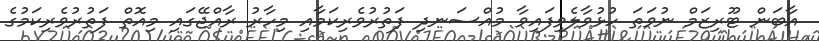
އާބަން ޓޫރިޒަމް ނުވަތަ ހުޅުވާލެވިފައިވާ މުއްސަނދި ފަތުރުވެރިކަމާއި މިހާރު ރާއްޖޭގައި މިއޮތް ފަތުރުވެރިކަމުގެ